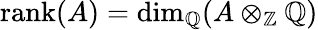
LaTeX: \operatorname{rank}(A)=\dim_{\mathbb{Q}}(A\otimes_{\mathbb{Z}}\mathbb{Q})